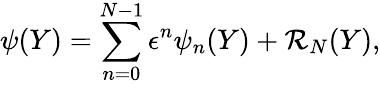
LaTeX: \psi(Y)=\sum_{n=0}^{N-1}\epsilon^{n}\psi_{n}(Y)+\mathcal{R}_{N}(Y),